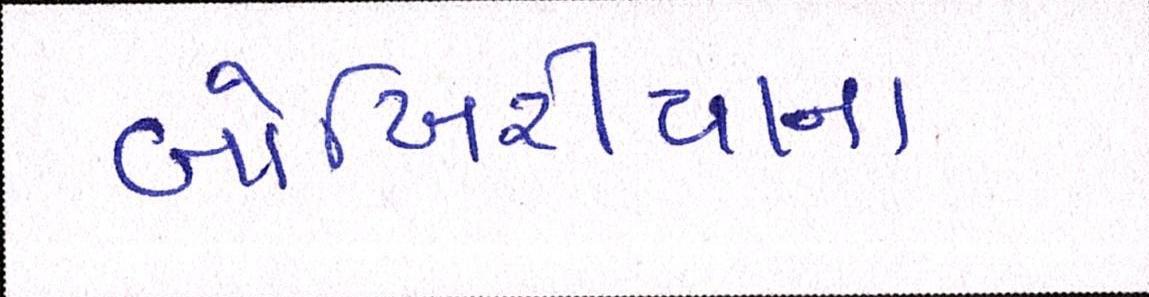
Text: બોખિરીયાના